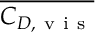
\overline { { C _ { D , \mathrm { ~ v ~ i ~ s ~ } } } }